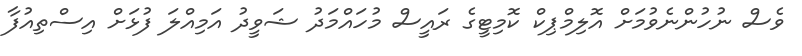
ވެސް ނުހުންނެވުމަށް އޮލިމްޕިކް ކޮމިޓީގެ ރައީސް މުހައްމަދު ޝަވީދު އަމިއްލަ ފުޅަށް އިސްތިއުފާ